Medical and sanitary report of the native army of Bengal for the year
Year: 1876
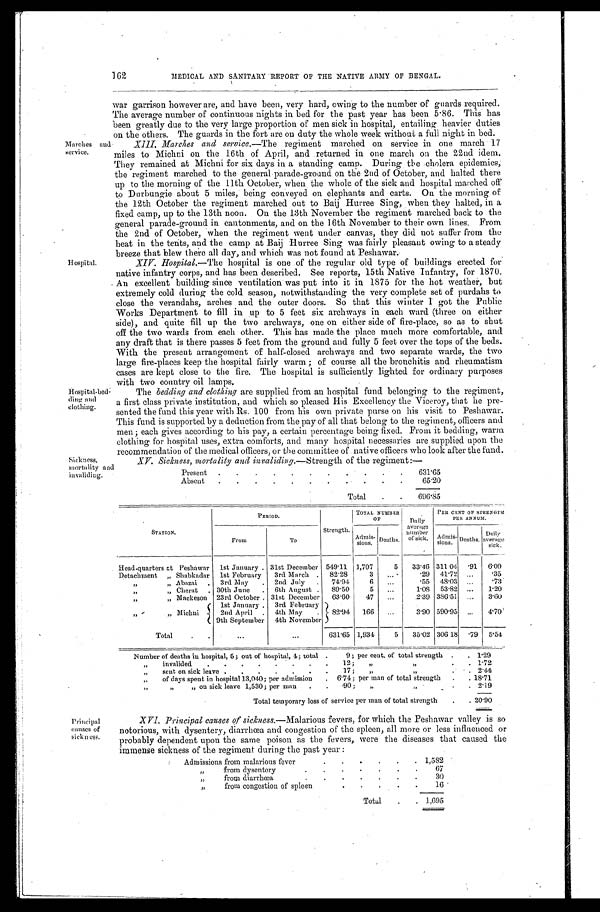
'arches
service.
Hospi tal
Hospital-bed-
ding and
clothing.
Sickness,
mortality and
162
MEDICAL AND SANITARY REPORT OF THE NATIVE ARMY OF BENGAL.
war garrison however are, and have been, very hard, owing to the number of guards required.
The average number of continuous nights in bed for the past year has been 5 . 86. This has
been greatly due to the very large proportion of men sick in hospital, entailing heavier duties
on the others. The guards in the fort are on duty the whole week without a full night in bed.
and XIII. Marches and service .—The regiment marched on service in one march 17
miles to Michni on the 16th of April, and .returned in one march on the 22nd idem.
They remained at Michni for six days in a standing camp. During the cholera epidemics;
the regiment marched to the general parade-ground on the 2nd of October, and halted there
up to the morning of the 11th October, when the whole of the sick and hospital marched off
to Durbungie about 5 miles, being conveyed on elephants and carts. On the morning of
the 12th October the regiment marched out to Baij Hurree Sing, when they halted, in a
fixed camp, up to the 13th noon. On the 13th November the regiment marched back to the
general parade-ground in cantonments, and on the 16th November to their own lines. From
the 2nd of October, when the regiment went under canvas, they did not stiffer from the
heat in the tents, and the camp at Baij Hurree Sing was fairly pleasant owing to a steady
breeze that blew there all day, and which was not found at Peshawar.
XIV. Hospital.—The hospital is one .of the regular old type of buildings erected for
native infantry corps, and has been described. See reports, 15th Native Infantry, for 1870.
An excellent building since ventilation was put into it in 1875 for the hot weather, but
extremely cold during the cold season, notwithstanding the very complete set of purdahs to
close the verandahs, arches and the outer doors. So that this winter I got the Public
Works Department to fill in up to 5 feet six archways in each ward (three on either
side), and quite fill up the two archways, one on either side of fire-place, so as to shut
off the two wards from each other. This has made the place much more comfortable, and
any draft that is there passes 5 feet from the ground and fully 5 feet over the tops of the beds.
With the present arrangement of half-closed archways and two separate wards, the two
large fire-places keep the hospital fairly warm; of course all the bronchitis and rheumatism
cases are kept close to the fire. The hospital is sufficiently lighted for ordinary purposes
with two country oil lamps.
The bedding and clothing are supplied from an hospital fund belonging to the regiment,
a first class private institution, and which so pleased His Excellency the Viceroy, that he pre
-sented the fund this year with Rs. 100 from his own private purse on his visit to Peshawar.
This fund is supported by a deduction from the pay of all that belong to the regiment, officers and
men; each gives according to his pay, a certain percentage being fixed. From it bedding, warm
clothing for hospital uses, extra comforts, and many hospital necessaries are supplied upon the
recommendation of the medical officers, or the committee of native officers who look after the fund.
XV. Sickness, mortality and invaliding .—Strength of the regiment:—
Present
631.65
Absent
65.20
Total
696.85
STATION.
PERIOD.
Strength.
TOTAL NUMBER
OF
Daily
average
number
of sick.
PER CENT OF STRENGTH
PER ANNUM.
From
To
Admis-
sions.
Deaths.
Admis-
sions.
Deaths.
Daily
aver ge
sick.
Headquarters at Peshawar
1st January
31st December 549.11
1 , 7 0 7
5
33.46 311
. 9 1 6.09
Detachment Shabkadar
1st February
3rd March
82.28
3
.29
41.72
.35
„ Abazai
3rd May
2nd July
74.94
6
.55
48.03
.73
„ „
Cherat
30th June
6th August
89.50
5
1.08
53.82
1.20
„ „ ackeson
23rd October
31st December
63.60
47
2.39 386.51
3. 60
„ „ Michni
1st January.
3rd February
82.94
166
3.90 590.95
4.70
2nd April
4th May
9th September
4th November
Total
631.65 1,934
5
35.02 306 18
. 7 9 5.54
Number of deaths in hospital, 5; out of hospital, 4; total
9; per cent, of total strength
1.29
„ i n v a l i d e d
12; „ „
.
1.72
„ sent on sick leave
17; „ ,,
2.44
„of days spent in hospital 13,040; per admission
6.74; per man of total strength
18.71
„ „ „ on sick leave 1,530; per man
.90; „ ,,
2.19
Total temporary loss of service per man of total strength.
20.90
Principal
causes of
sickniss .
Principal causes of sickness.—Malarious fevers, for which the Peshawar valley is so
notorious, with dysentery, diarrhea and congestion of the spleen, all more or less influenced or
probably dependent upon the same poison as the fevers, were the diseases that caused the
immense sickness of the regiment during the Past year:
Admissions from malarious fever
1,582
„ f r o m d y s e n t e r y
67
„ from diarrhœa
30
„ f r o m
c o n g e s t i o n
o f
s p l e e n
16
Total
1,695